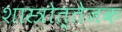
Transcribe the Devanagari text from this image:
शास्त्रोत्तेजक